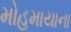
મોહમાયાના